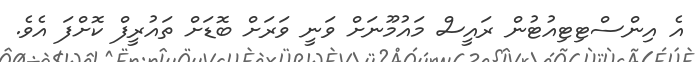
އެ އިންސްޓިޓިއުޓުން ރައީސް މައުމޫނަށް ވަނީ ވަރަށް ބޮޑަށް ތައުރީފް ކޮށްފަ އެވެ.